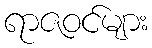
ရာဇဝင်များ